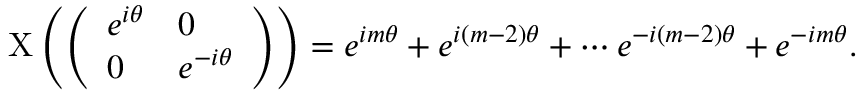
\mathrm { X } \left( { \left( \begin{array} { l l } { e ^ { i \theta } } & { 0 } \\ { 0 } & { e ^ { - i \theta } } \end{array} \right) } \right) = e ^ { i m \theta } + e ^ { i ( m - 2 ) \theta } + \cdots e ^ { - i ( m - 2 ) \theta } + e ^ { - i m \theta } .